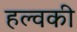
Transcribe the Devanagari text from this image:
हल्वकी